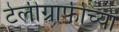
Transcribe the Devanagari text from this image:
टेलीग्राफीच्या